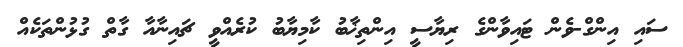
ސައި އިންގް-ވެން ޓައިވާންގެ ރިޔާސީ އިންތިޚާބު ކާމިޔާބު ކުރެއްވީ ޗައިނާއާ ގާތް ގުޅުންތަކެއް